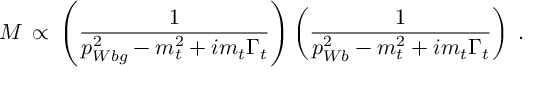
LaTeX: { \cal { M } } \, \propto \, \left( { \frac { 1 } { p _ { W b g } ^ { 2 } - m _ { t } ^ { 2 } + i m _ { t } \Gamma _ { t } } } \right) \left( { \frac { 1 } { p _ { W b } ^ { 2 } - m _ { t } ^ { 2 } + i m _ { t } \Gamma _ { t } } } \right) \; .